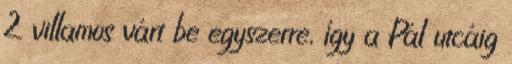
2 villamos várt be egyszerre, így a Pál utcáig